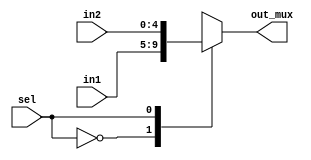
module mux2_1 #(parameter width = 4)
(input [width : 0] in1, in2,
 input sel,
 output reg [width : 0] out_mux
                                );

always @(in1, in2, sel)
begin
case(sel)
     1'b0: out_mux = in1;
	  
	  1'b1: out_mux = in2;

endcase
end

endmodule